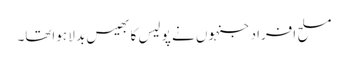
مسلح افراد جنہوں نے پو لیس کا بھیس بد لا ہواتھا۔